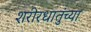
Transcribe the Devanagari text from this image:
शरीरधातुंच्या